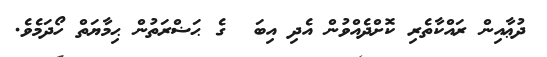
ދުޢާއިން ރައްކާތެރި ކޮށްދެއްވުން އެދި އިބަ  ގެ ޙަޟްރަތުން ޙިމާޔަތް ހޯދަމެވެ.